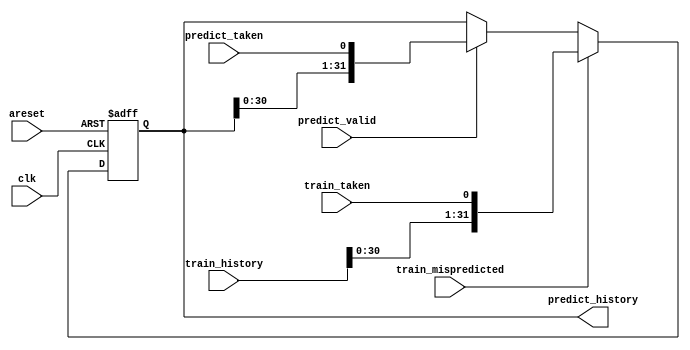

/*
 * Cs450/history shift
 */

module top_module(
    input clk,
    input areset,

    input predict_valid,
    input predict_taken,
    output [31:0] predict_history,

    input train_mispredicted,
    input train_taken,
    input [31:0] train_history
);
    reg [31:0] history_reg = 32'h0, history_next;
    always @(*) begin
        history_next = history_reg;
        if (train_mispredicted) begin
            history_next = {train_history[30:0], train_taken};
        end else if (predict_valid) begin
            history_next = {history_reg[30:0], predict_taken};
        end
    end
    always @(posedge clk or posedge areset) begin
        if (areset) begin
            history_reg <= 32'h0;
        end else begin
            history_reg <= history_next;
        end
    end
    assign predict_history = history_reg;
endmodule